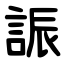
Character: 誫